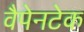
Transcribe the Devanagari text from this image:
वैपेनटेक